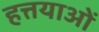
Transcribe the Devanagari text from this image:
हत्तयाओं